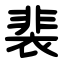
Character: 裴